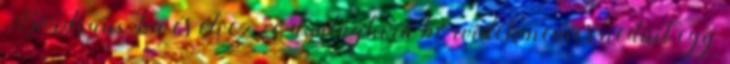
Bordeaux-ba és élvezze a világhírű borvidék nemes nedűit egy